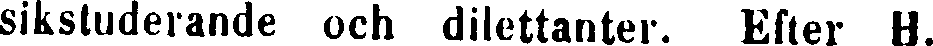
sikstuderande och dilettanter. Efter H.